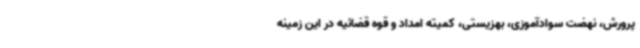
پرورش، نهضت سوادآموزی، بهزیستی، کمیته امداد و قوه قضائیه در این زمینه